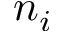
n _ { i }